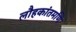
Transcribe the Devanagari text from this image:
लौहकांतमणि